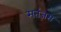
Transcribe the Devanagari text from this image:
मतंज़स